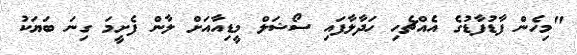
"މިހެން ފާޑުފާޑުގެ އެއްޗެހި ހަދާލާފައި ސޯޝަލް މީޑިއާއަށް ލާން ފެށީމަ ގިނަ ބަޔަކު